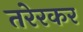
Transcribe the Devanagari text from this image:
तरेरकर